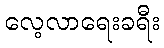
လေ့လာရေးခရီး